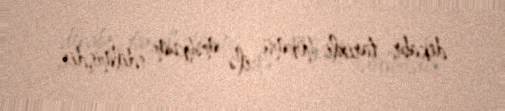
dekabr tarixli hökmü ilə məhkum edilmişdir.